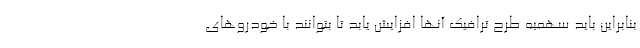
بنابراین باید سهمیه طرح ترافیک آنها افزایش یابد تا بتوانند با خودروهای